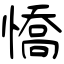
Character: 憍